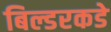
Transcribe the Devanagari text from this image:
बिल्डरकडे